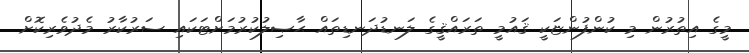
މީގެ އިތުރުން މި ކުންފުންޏަކީ ޤައުމީ ތަރައްޤީގެ ލަނޑުދަނޑިތައް ޙާޞިލުކުރުމަށްޓަކައި ސަރުކާރު މެދުވެރިކޮށް